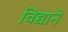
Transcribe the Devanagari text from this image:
विद्याने